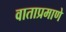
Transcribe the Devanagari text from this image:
वाताप्रमाणे